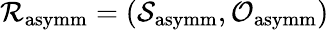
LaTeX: \mathcal{R}_{\mathrm{asymm}}=(\mathcal{S}_{\mathrm{asymm}},\mathcal{O}_{\mathrm{asymm}})